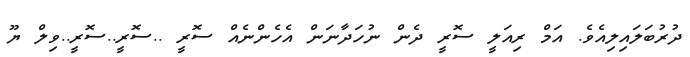
ދުރުބަލައިލިއެވެ. އަމް ރިއަލީ ސޮރީ ދެން ނުހަދާނަން އެހެންނެއް ސޮރީ ..ސޮރީ..ސޮރީ..ވިލް ޔޫ